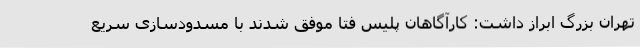
تهران بزرگ ابراز داشت: کارآگاهان پلیس فتا موفق شدند با مسدودسازی سریع